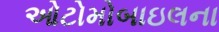
ઓટોમોબાઇલના